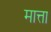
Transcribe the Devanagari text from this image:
मात्ता